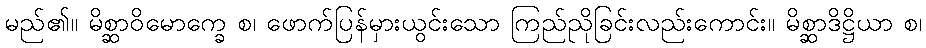
မည်၏။ မိစ္ဆာဝိမောက္ခေ စ၊ ဖောက်ပြန်မှားယွင်းသော ကြည်ညိုခြင်းလည်းကောင်း။ မိစ္ဆာဒိဋ္ဌိယာ စ၊